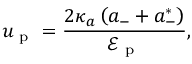
u _ { \mathrm { ~ p ~ } } = \frac { 2 \kappa _ { a } \left( a _ { - } + a _ { - } ^ { * } \right) } { \mathcal { E } _ { \mathrm { ~ p ~ } } } ,